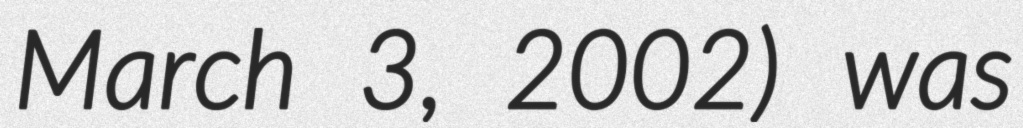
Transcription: March 3, 2002) was